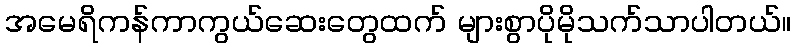
အမေရိကန်ကာကွယ်ဆေးတွေထက် များစွာပိုမိုသက်သာပါတယ်။